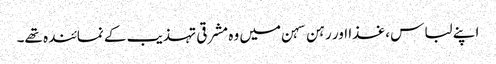
اپنے لباس ،غذا اور رہن سہن میں وہ مشرقی تہذیب کے نمائندہ تھے۔